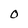
Character: O